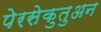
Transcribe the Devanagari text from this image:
पेरसेकुतुअन